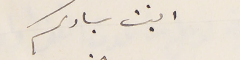
ابنت سيادىكم